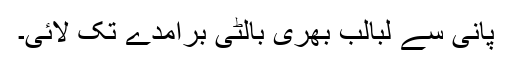
پانی سے لبالب بھری بالٹی برآمدے تک لائی۔